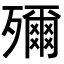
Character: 𭮤